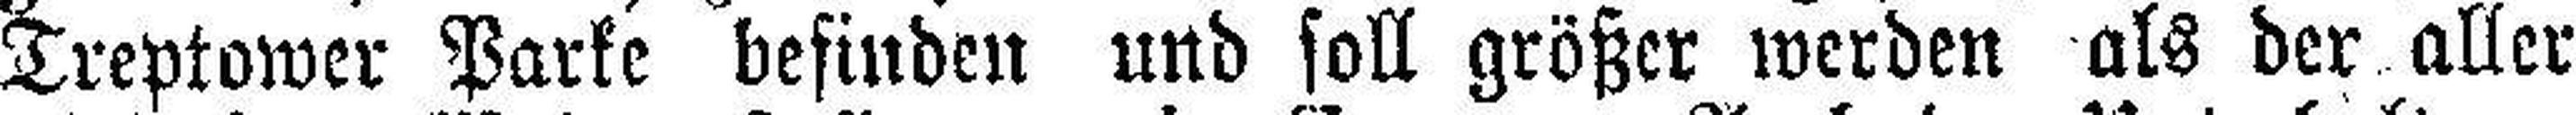
Treptower Parke befinden und soll größer werden als der aller